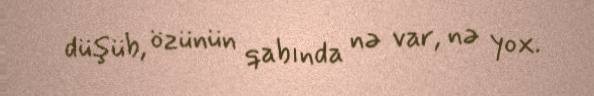
düşüb, özünün qabında nə var, nə yox.